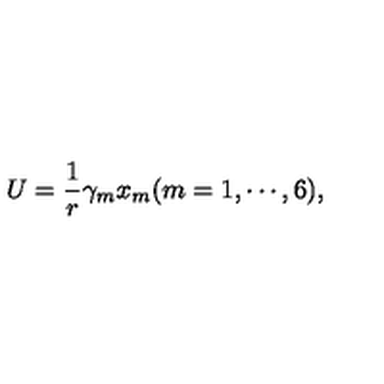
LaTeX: U = \frac 1 r \gamma _ { m } x _ { m } ( m = 1 , \cdots , 6 ) ,